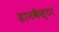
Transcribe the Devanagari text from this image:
डानकैस्टर